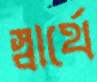
স্বার্থে